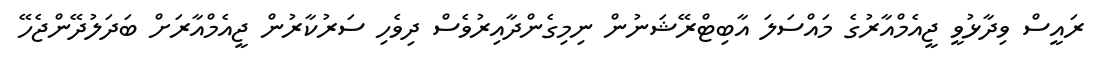
ރައީސް ވިދާޅުވީ ޖީއެމްއާރުގެ މައްސަލަ އާބިޓްރޭޝަނުން ނިމިގެންދާއިރުވެސް ދިވެހި ސަރުކާރުން ޖީއެމްއާރަށް ބަދަލުދޭންޖެހޭ